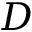
D